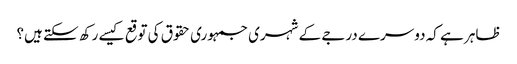
ظاہر ہے کہ دوسرے درجے کے شہری جمہوری حقوق کی توقع کیسے رکھ سکتے ہیں؟